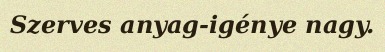
Szerves anyag-igénye nagy.